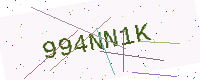
Text: 994NN1K